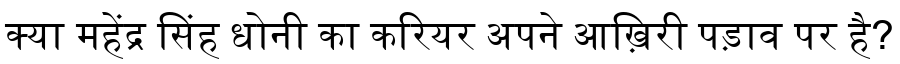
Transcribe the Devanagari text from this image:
क्या महेंद्र सिंह धोनी का करियर अपने आख़िरी पड़ाव पर है?